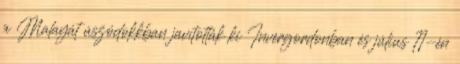
a Malayát úszódokkban javították ki Invergordonban és július 11-én